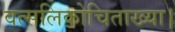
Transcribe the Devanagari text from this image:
वत्सलिकोचिताख्या।